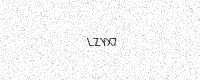
Text: LZYX7